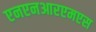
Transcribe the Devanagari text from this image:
एनएनआरएमएस